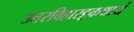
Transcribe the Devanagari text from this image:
उत्तरविहारट्टकथायं